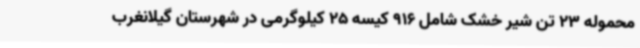
محموله 23 تن شیر خشک شامل 916 کیسه 25 کیلوگرمی در شهرستان گیلانغرب